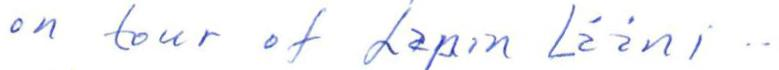
on tour of Lapin Lääni..